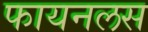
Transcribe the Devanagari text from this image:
फायनलस